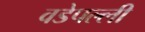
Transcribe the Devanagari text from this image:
वडेपल्‍ली